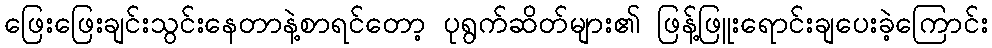
ဖြေးဖြေးချင်းသွင်းနေတာနဲ့စာရင်တော့ ပုရွက်ဆိတ်များ၏ ဖြန့်ဖြူးရောင်းချပေးခဲ့ကြောင်း